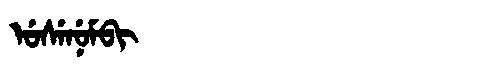
Manchu: ᡠᠰᡝᠨᡠᠮᠪᡳ
Romanization: USENUMBI